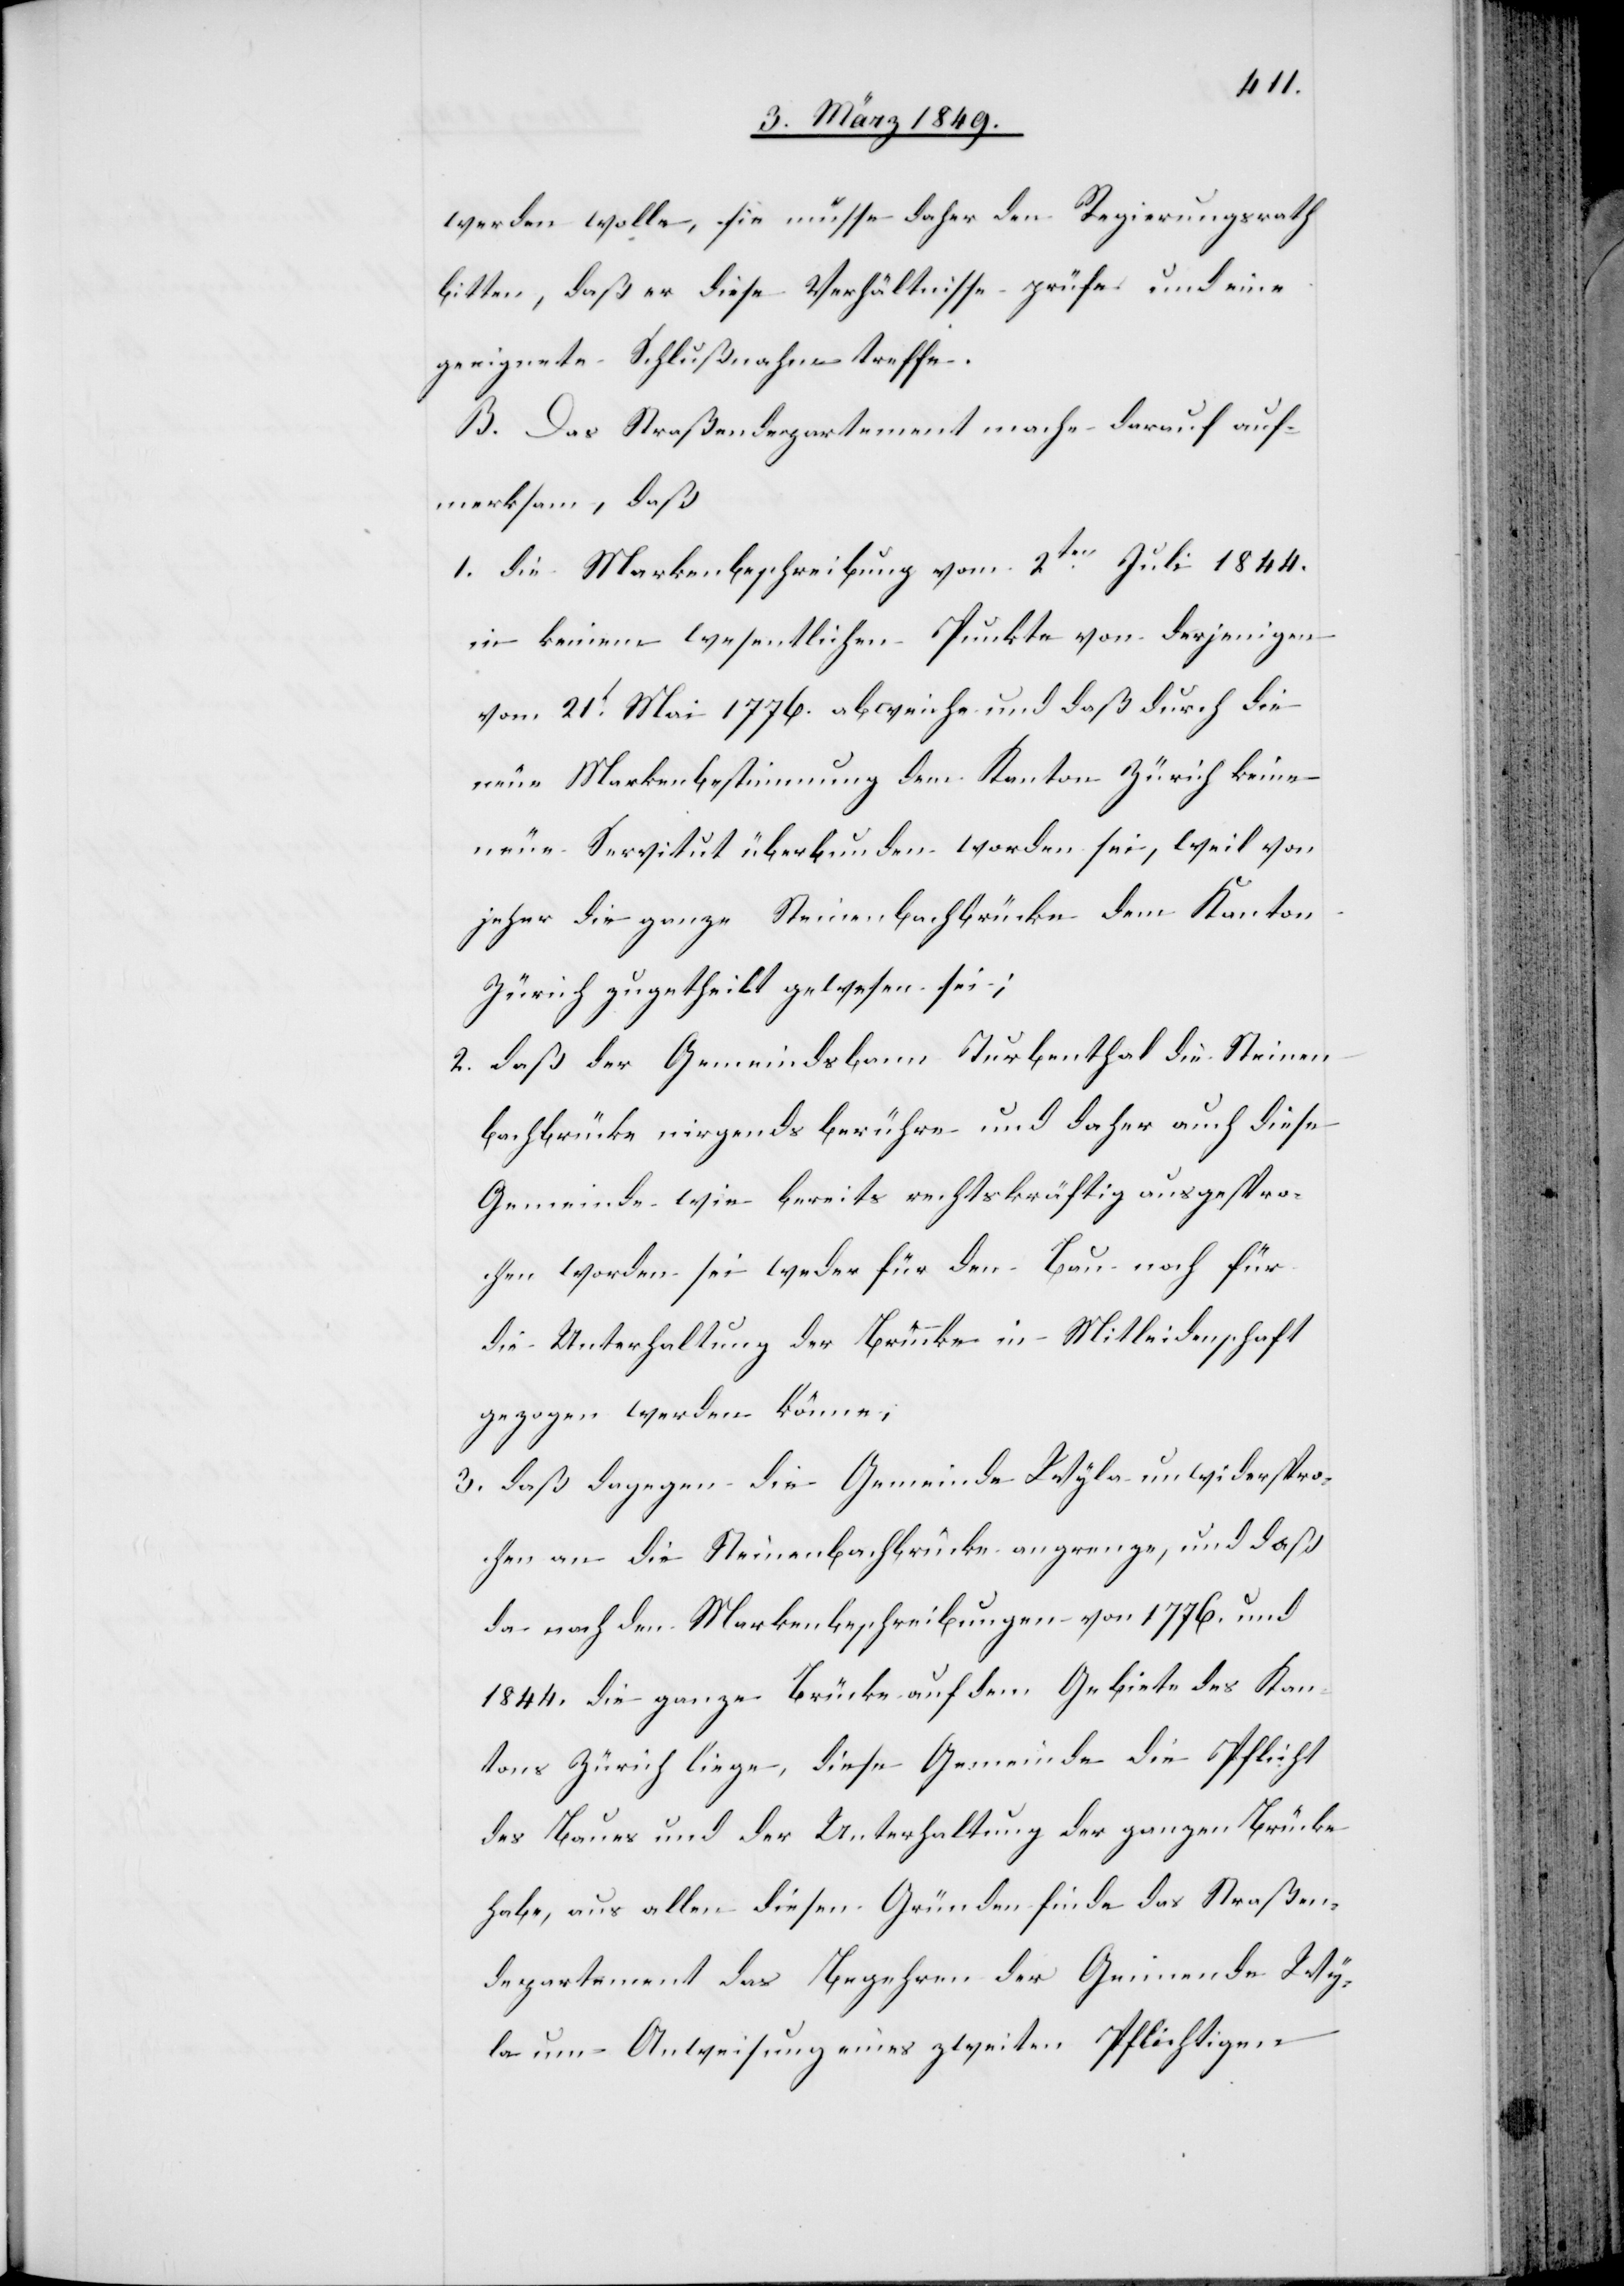
werden wolle, sie müsse daher den Regierungsrath
bitten, daß er diese Verhältnisse prüfe und eine
geeignete Schlußnahme treffe.
B. Das Straßendepartement mache darauf auf¬
merksam, daß
1. die Markenbeschreibung vom 2ten. Juli 1844.
in keinem wesentlichen Punkte von derjenigen
vom 21t. Mai 1776. abweiche und daß durch die
neue Markenbestimmung dem Kanton Zürich keine
neue Servitut überbunden worden sei, weil von
jeher die ganze Steinenbachbrücke dem Kanton
Zürich zugetheilt gewesen sei;
2. daß der Gemeindsbann Turbenthal die Steinen¬
bachbrücke nirgends berühre und daher auch diese
Gemeinde wie bereits rechtskräftig ausgespro¬
chen worden sei weder für den Bau noch für
die Unterhaltung der Brücke in Mitleidenschaft
gezogen werden könne;
3. daß dagegen die Gemeinde Wyla unwiderspro¬
chen an die Streinenbachbrücke angrenze, und daß
da nach den Markenbeschreibungen von 1776. und
1848. die ganze Brücke auf dem Gebiete des Kan¬
tons Zürich liege, diese Gemeinde die Pflicht
des Baues und der Unterhaltung der ganzen Brücke
habe, aus allen diesen Gründen finde das Straßen¬
departement das Begehren der Gemeinde Wy¬
la um Anweisung eines zweiten Pflichtigen